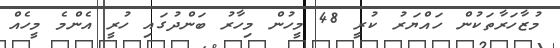
މުޒާހަރާތަކުން ހައްޔަރު ކުރީ 48 މީހުން މިހާރު ބަންދުގައި ހުރީ އެންމެ މީހެއް